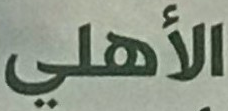
الأهلى